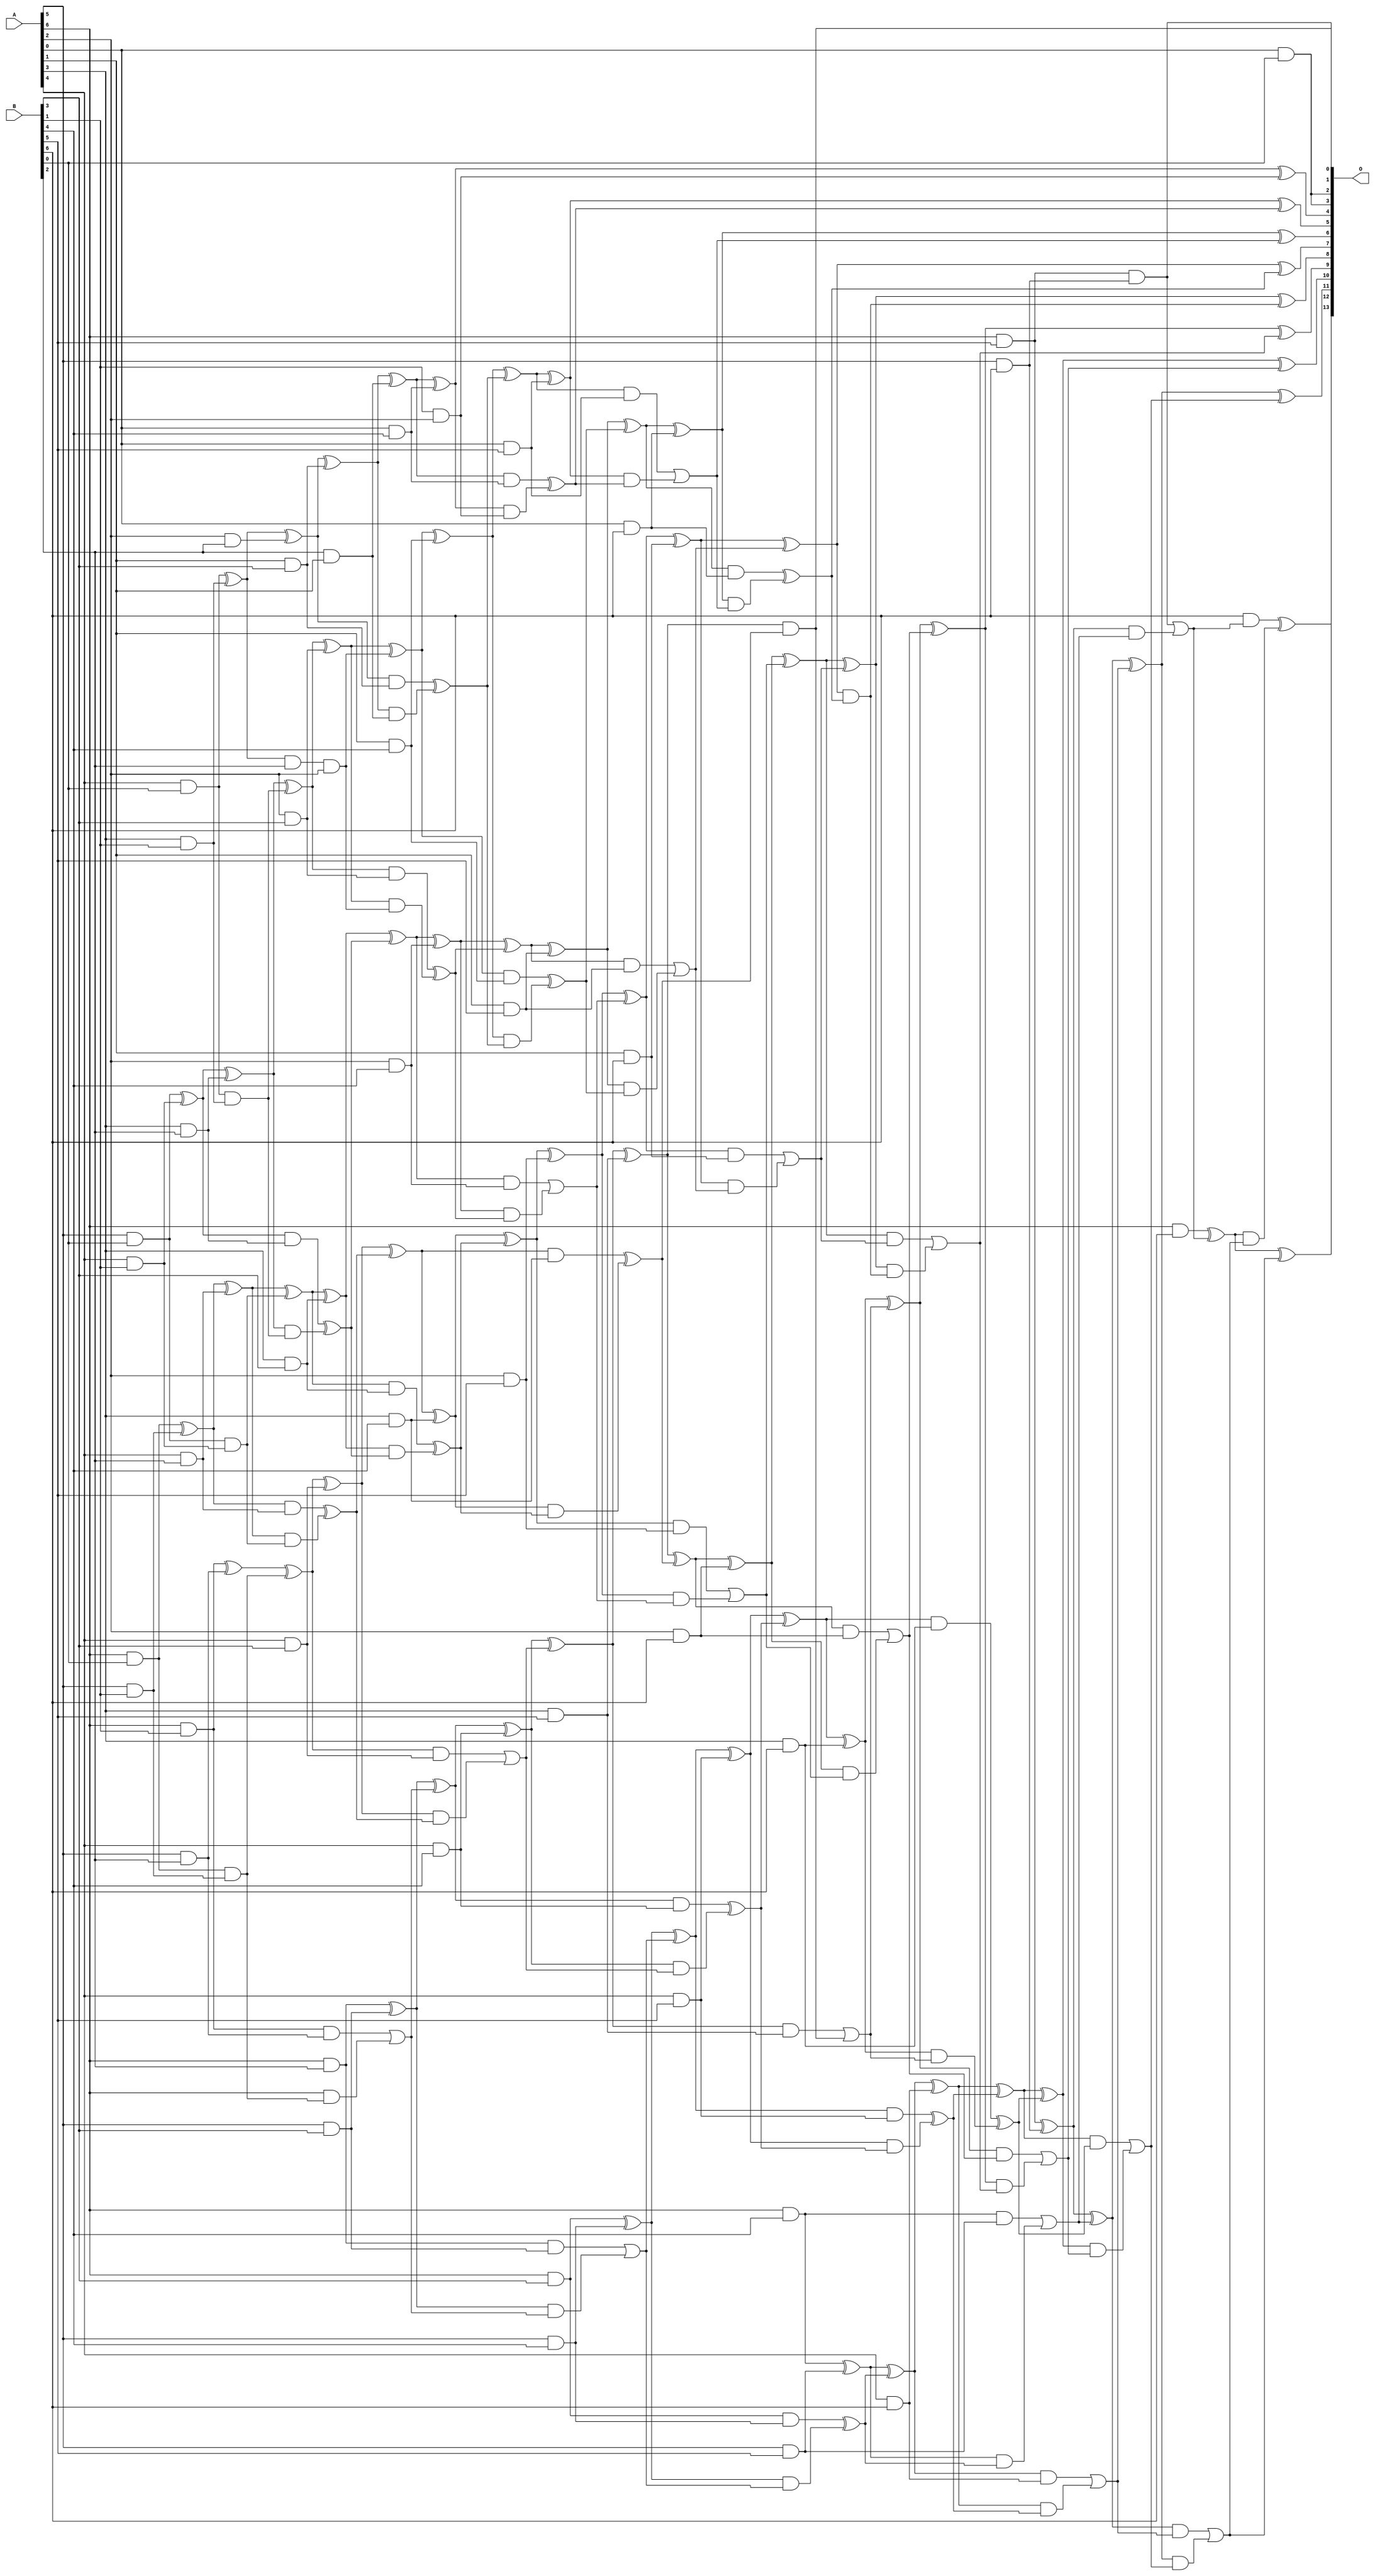
/***
* This code is a part of EvoApproxLib library (ehw.fit.vutbr.cz/approxlib) distributed under The MIT License.
* When used, please cite the following article(s): V. Mrazek, S. S. Sarwar, L. Sekanina, Z. Vasicek and K. Roy, "Design of power-efficient approximate multipliers for approximate artificial neural networks," 2016 IEEE/ACM International Conference on Computer-Aided Design (ICCAD), Austin, TX, 2016, pp. 1-7. doi: 10.1145/2966986.2967021 
* This file contains a circuit from a sub-set of pareto optimal circuits with respect to the pwr and mre parameters
***/
// MAE% = 0.03 %
// MAE = 4.9 
// WCE% = 0.092 %
// WCE = 15 
// WCRE% = 1100.00 %
// EP% = 82.61 %
// MRE% = 0.98 %
// MSE = 40 
// PDK45_PWR = 0.252 mW
// PDK45_AREA = 454.3 um2
// PDK45_DELAY = 1.23 ns


module mul7u_03M(A, B, O);
  input [6:0] A, B;
  output [13:0] O;
  wire [6:0] A, B;
  wire [13:0] O;
  wire sig_18, sig_19, sig_20, sig_24, sig_25, sig_26;
  wire sig_27, sig_34, sig_35, sig_36, sig_37, sig_38;
  wire sig_39, sig_42, sig_43, sig_44, sig_45, sig_46;
  wire sig_56, sig_57, sig_58, sig_60, sig_61, sig_62;
  wire sig_63, sig_64, sig_65, sig_66, sig_67, sig_68;
  wire sig_69, sig_70, sig_71, sig_72, sig_73, sig_74;
  wire sig_75, sig_76, sig_78, sig_79, sig_80, sig_81;
  wire sig_82, sig_83, sig_88, sig_89, sig_90, sig_91;
  wire sig_92, sig_93, sig_94, sig_95, sig_96, sig_97;
  wire sig_98, sig_99, sig_100, sig_101, sig_102, sig_103;
  wire sig_104, sig_105, sig_106, sig_107, sig_108, sig_109;
  wire sig_110, sig_111, sig_112, sig_113, sig_114, sig_115;
  wire sig_116, sig_117, sig_118, sig_119, sig_120, sig_121;
  wire sig_122, sig_123, sig_125, sig_126, sig_127, sig_128;
  wire sig_129, sig_130, sig_131, sig_132, sig_133, sig_134;
  wire sig_135, sig_136, sig_137, sig_138, sig_139, sig_140;
  wire sig_141, sig_142, sig_143, sig_144, sig_145, sig_146;
  wire sig_147, sig_148, sig_149, sig_150, sig_151, sig_152;
  wire sig_153, sig_154, sig_155, sig_156, sig_157, sig_158;
  wire sig_159, sig_160, sig_162, sig_163, sig_164, sig_165;
  wire sig_166, sig_167, sig_168, sig_169, sig_170, sig_171;
  wire sig_172, sig_173, sig_174, sig_176, sig_177, sig_178;
  wire sig_179, sig_180, sig_181, sig_182, sig_183, sig_184;
  wire sig_185, sig_186, sig_187, sig_188, sig_189, sig_190;
  wire sig_191, sig_192, sig_193, sig_194, sig_195, sig_196;
  wire sig_197, sig_199, sig_200, sig_201, sig_202, sig_203;
  wire sig_204, sig_205, sig_206, sig_207, sig_208, sig_209;
  wire sig_210, sig_211, sig_212, sig_213, sig_214, sig_215;
  wire sig_216, sig_217, sig_218, sig_219, sig_220, sig_222;
  wire sig_223, sig_224, sig_226, sig_227, sig_228, sig_229;
  wire sig_231, sig_232, sig_233, sig_234, sig_236, sig_237;
  wire sig_238, sig_239, sig_241, sig_242, sig_243, sig_244;
  wire sig_246, sig_247, sig_248, sig_249;
  assign sig_18 = A[4] & B[0];
  assign sig_19 = A[5] & B[0];
  assign sig_20 = A[6] & B[0];
  assign sig_24 = A[3] & B[1];
  assign sig_25 = A[4] & B[1];
  assign sig_26 = A[5] & B[1];
  assign sig_27 = A[6] & B[1];
  assign sig_34 = sig_18 ^ sig_24;
  assign sig_35 = sig_18 & sig_24;
  assign sig_36 = sig_19 ^ sig_25;
  assign sig_37 = sig_19 & sig_25;
  assign sig_38 = sig_20 ^ sig_26;
  assign sig_39 = sig_20 & sig_26;
  assign sig_42 = A[2] & B[2];
  assign sig_43 = A[3] & B[2];
  assign sig_44 = A[4] & B[2];
  assign sig_45 = A[5] & B[2];
  assign sig_46 = A[6] & B[2];
  assign sig_56 = B[2] & A[1];
  assign sig_57 = sig_34 ^ sig_42;
  assign sig_58 = sig_34 & B[2];
  assign sig_60 = sig_57;
  assign sig_61 = sig_58 & A[2];
  assign sig_62 = sig_36 ^ sig_43;
  assign sig_63 = sig_36 & sig_43;
  assign sig_64 = sig_62 & sig_35;
  assign sig_65 = sig_62 ^ sig_35;
  assign sig_66 = sig_63 ^ sig_64;
  assign sig_67 = sig_38 ^ sig_44;
  assign sig_68 = sig_38 & sig_44;
  assign sig_69 = sig_67 & sig_37;
  assign sig_70 = sig_67 ^ sig_37;
  assign sig_71 = sig_68 ^ sig_69;
  assign sig_72 = sig_27 ^ sig_45;
  assign sig_73 = sig_27 & sig_45;
  assign sig_74 = A[6] & sig_39;
  assign sig_75 = sig_72 ^ sig_39;
  assign sig_76 = sig_73 | sig_74;
  assign O[2] = A[0] & B[0];
  assign sig_78 = A[1] & B[3];
  assign sig_79 = A[2] & B[3];
  assign sig_80 = A[3] & B[3];
  assign sig_81 = A[4] & B[3];
  assign sig_82 = A[5] & B[3];
  assign sig_83 = A[6] & B[3];
  assign sig_88 = B[1] & A[2];
  assign sig_89 = sig_60 ^ sig_78;
  assign sig_90 = sig_60 & sig_78;
  assign sig_91 = sig_89 & sig_56;
  assign sig_92 = sig_89 ^ sig_56;
  assign sig_93 = sig_90 ^ sig_91;
  assign sig_94 = sig_65 ^ sig_79;
  assign sig_95 = sig_65 & sig_79;
  assign sig_96 = sig_94 & sig_61;
  assign sig_97 = sig_94 ^ sig_61;
  assign sig_98 = sig_95 ^ sig_96;
  assign sig_99 = sig_70 ^ sig_80;
  assign sig_100 = sig_70 & sig_80;
  assign sig_101 = sig_99 & sig_66;
  assign sig_102 = sig_99 ^ sig_66;
  assign sig_103 = sig_100 ^ sig_101;
  assign sig_104 = sig_75 ^ sig_81;
  assign sig_105 = sig_75 & sig_81;
  assign sig_106 = sig_104 & sig_71;
  assign sig_107 = sig_104 ^ sig_71;
  assign sig_108 = sig_105 | sig_106;
  assign sig_109 = sig_46 ^ sig_82;
  assign sig_110 = sig_46 & sig_82;
  assign sig_111 = sig_109 & sig_76;
  assign sig_112 = sig_109 ^ sig_76;
  assign sig_113 = sig_110 | sig_111;
  assign sig_114 = A[0] & B[4];
  assign sig_115 = A[1] & B[4];
  assign sig_116 = A[2] & B[4];
  assign sig_117 = A[3] & B[4];
  assign sig_118 = A[4] & B[4];
  assign sig_119 = A[5] & B[4];
  assign sig_120 = A[6] & B[4];
  assign sig_121 = sig_92 ^ sig_114;
  assign sig_122 = sig_92 & sig_114;
  assign sig_123 = sig_121 & sig_88;
  assign O[4] = sig_121 ^ sig_88;
  assign sig_125 = sig_122 ^ sig_123;
  assign sig_126 = sig_97 ^ sig_115;
  assign sig_127 = sig_97 & sig_115;
  assign sig_128 = sig_126 & sig_93;
  assign sig_129 = sig_126 ^ sig_93;
  assign sig_130 = sig_127 ^ sig_128;
  assign sig_131 = sig_102 ^ sig_116;
  assign sig_132 = sig_102 & sig_116;
  assign sig_133 = sig_131 & sig_98;
  assign sig_134 = sig_131 ^ sig_98;
  assign sig_135 = sig_132 | sig_133;
  assign sig_136 = sig_107 ^ sig_117;
  assign sig_137 = sig_107 & sig_117;
  assign sig_138 = sig_136 & sig_103;
  assign sig_139 = sig_136 ^ sig_103;
  assign sig_140 = sig_137 ^ sig_138;
  assign sig_141 = sig_112 ^ sig_118;
  assign sig_142 = sig_112 & sig_118;
  assign sig_143 = sig_141 & sig_108;
  assign sig_144 = sig_141 ^ sig_108;
  assign sig_145 = sig_142 ^ sig_143;
  assign sig_146 = sig_83 ^ sig_119;
  assign sig_147 = sig_83 & sig_119;
  assign sig_148 = sig_146 & sig_113;
  assign sig_149 = sig_146 ^ sig_113;
  assign sig_150 = sig_147 ^ sig_148;
  assign sig_151 = A[0] & B[5];
  assign sig_152 = A[1] & B[5];
  assign sig_153 = A[2] & B[5];
  assign sig_154 = A[3] & B[5];
  assign sig_155 = A[4] & B[5];
  assign sig_156 = A[5] & B[5];
  assign sig_157 = A[6] & B[5];
  assign sig_158 = sig_129 ^ sig_151;
  assign sig_159 = sig_129 & sig_151;
  assign sig_160 = sig_158 & sig_125;
  assign O[5] = sig_158 ^ sig_125;
  assign sig_162 = sig_159 | sig_160;
  assign sig_163 = sig_134 ^ sig_152;
  assign sig_164 = sig_134 & sig_152;
  assign sig_165 = sig_163 & sig_130;
  assign sig_166 = sig_163 ^ sig_130;
  assign sig_167 = sig_164 | sig_165;
  assign sig_168 = sig_139 ^ sig_153;
  assign sig_169 = sig_139 & sig_153;
  assign sig_170 = sig_168 & sig_135;
  assign sig_171 = sig_168 ^ sig_135;
  assign sig_172 = sig_169 | sig_170;
  assign sig_173 = sig_144 ^ sig_154;
  assign sig_174 = sig_144 & sig_154;
  assign O[0] = sig_173 & sig_140;
  assign sig_176 = sig_173 ^ sig_140;
  assign sig_177 = sig_174 | O[0];
  assign sig_178 = sig_149 ^ sig_155;
  assign sig_179 = sig_149 & sig_155;
  assign sig_180 = sig_178 & sig_145;
  assign sig_181 = sig_178 ^ sig_145;
  assign sig_182 = sig_179 ^ sig_180;
  assign sig_183 = sig_120 ^ sig_156;
  assign sig_184 = sig_120 & sig_156;
  assign sig_185 = sig_183 & sig_150;
  assign sig_186 = sig_183 ^ sig_150;
  assign sig_187 = sig_184 | sig_185;
  assign sig_188 = A[0] & B[6];
  assign sig_189 = A[1] & B[6];
  assign sig_190 = A[2] & B[6];
  assign sig_191 = A[3] & B[6];
  assign sig_192 = A[4] & B[6];
  assign sig_193 = A[5] & B[6];
  assign sig_194 = A[6] & B[6];
  assign sig_195 = sig_166 ^ sig_188;
  assign sig_196 = sig_166 & sig_188;
  assign sig_197 = sig_195 & sig_162;
  assign O[6] = sig_195 ^ sig_162;
  assign sig_199 = sig_196 ^ sig_197;
  assign sig_200 = sig_171 ^ sig_189;
  assign sig_201 = sig_171 & sig_189;
  assign sig_202 = sig_200 & sig_167;
  assign sig_203 = sig_200 ^ sig_167;
  assign sig_204 = sig_201 | sig_202;
  assign sig_205 = sig_176 ^ sig_190;
  assign sig_206 = sig_176 & sig_190;
  assign sig_207 = sig_205 & sig_172;
  assign sig_208 = sig_205 ^ sig_172;
  assign sig_209 = sig_206 | sig_207;
  assign sig_210 = sig_181 ^ sig_191;
  assign sig_211 = sig_181 & sig_191;
  assign sig_212 = sig_210 & sig_177;
  assign sig_213 = sig_210 ^ sig_177;
  assign sig_214 = sig_211 ^ sig_212;
  assign sig_215 = sig_186 ^ sig_192;
  assign sig_216 = sig_186 & sig_192;
  assign sig_217 = sig_215 & sig_182;
  assign sig_218 = sig_215 ^ sig_182;
  assign sig_219 = sig_216 | sig_217;
  assign sig_220 = sig_157 ^ sig_193;
  assign O[1] = sig_157 & sig_193;
  assign sig_222 = sig_220 & sig_187;
  assign sig_223 = sig_220 ^ sig_187;
  assign sig_224 = O[1] | sig_222;
  assign O[7] = sig_203 ^ sig_199;
  assign sig_226 = sig_203 & sig_199;
  assign sig_227 = sig_208 ^ sig_204;
  assign sig_228 = sig_208 & sig_204;
  assign sig_229 = sig_227 & sig_226;
  assign O[8] = sig_227 ^ sig_226;
  assign sig_231 = sig_228 | sig_229;
  assign sig_232 = sig_213 ^ sig_209;
  assign sig_233 = sig_213 & sig_209;
  assign sig_234 = sig_232 & sig_231;
  assign O[9] = sig_232 ^ sig_231;
  assign sig_236 = sig_233 | sig_234;
  assign sig_237 = sig_218 ^ sig_214;
  assign sig_238 = sig_218 & sig_214;
  assign sig_239 = sig_237 & sig_236;
  assign O[10] = sig_237 ^ sig_236;
  assign sig_241 = sig_238 | sig_239;
  assign sig_242 = sig_223 ^ sig_219;
  assign sig_243 = sig_223 & sig_219;
  assign sig_244 = sig_242 & sig_241;
  assign O[11] = sig_242 ^ sig_241;
  assign sig_246 = sig_243 | sig_244;
  assign sig_247 = sig_194 ^ sig_224;
  assign sig_248 = B[6] & sig_224;
  assign sig_249 = sig_247 & sig_246;
  assign O[12] = sig_247 ^ sig_246;
  assign O[13] = sig_248 ^ sig_249;
  assign O[3] = O[2];
endmodule